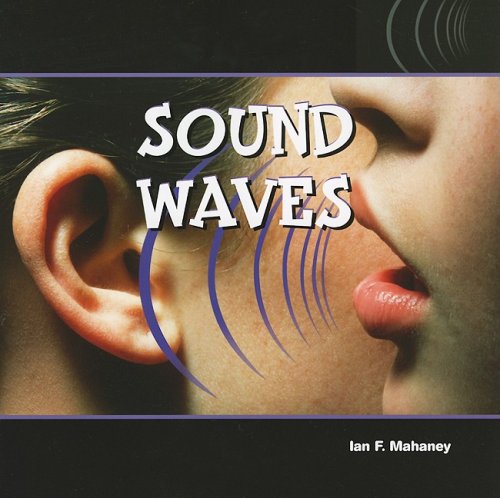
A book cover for Sound Waves (Energy in Action); Ian F. Mahaney; Children's Books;